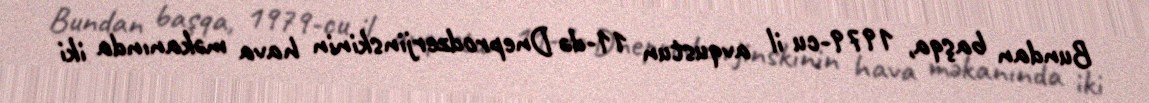
Bundan başqa, 1979-cu il avqustun 11-də Dneprodzerjinskinin hava məkanında iki